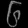
Digit: ၆